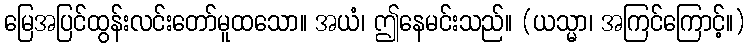
မြေအပြင်ထွန်းလင်းတော်မူထသော။ အယံ၊ ဤနေမင်းသည်။ (ယသ္မာ၊ အကြင်ကြောင့်။)